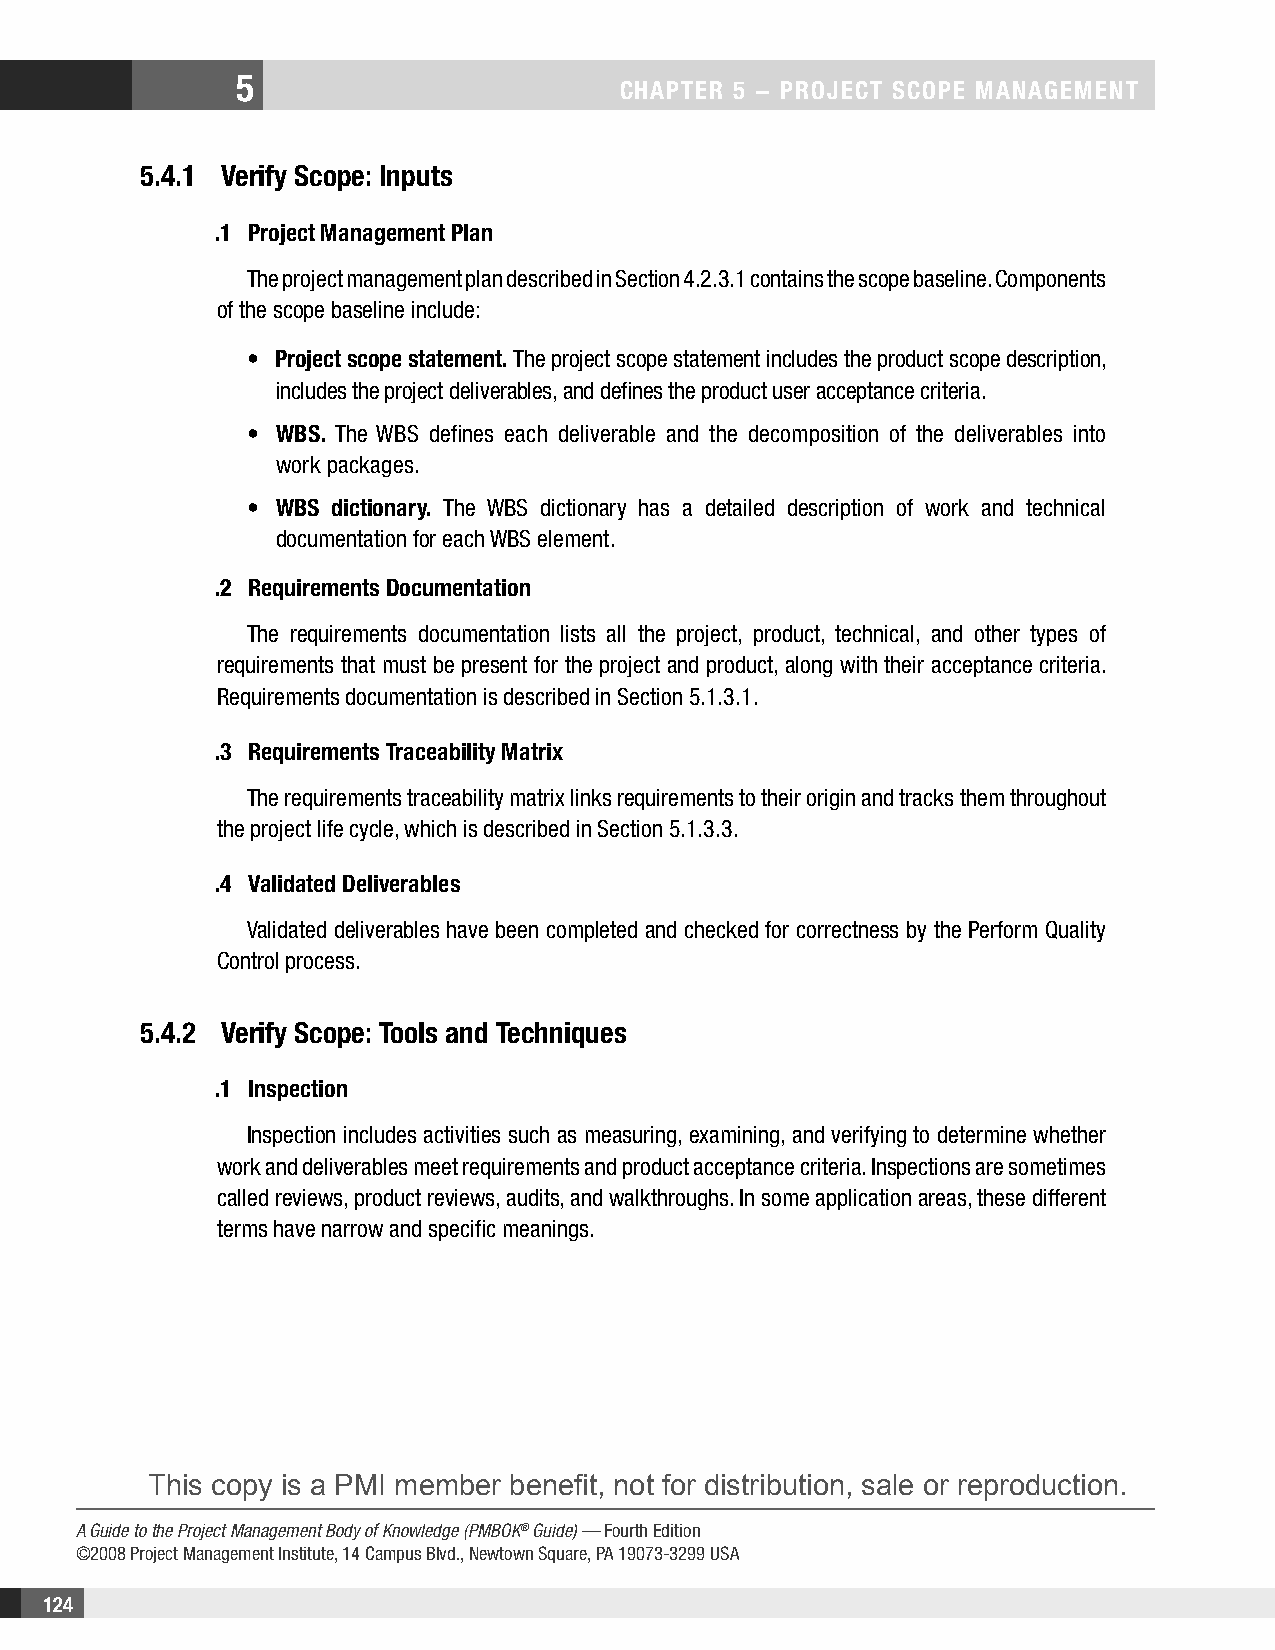
5
 CHAPTER 5 − PROjECT SCOPE MAnAgEMEnT
 5.4.1 Verify Scope: Inputs
 .1 Project Management Plan
 The project management plan described in Section 4.2.3.1 contains the scope baseline. Components
 of the scope baseline include:
 • Project scope statement. The project scope statement includes the product scope description,
 includes the project deliverables, and defines the product user acceptance criteria.
 • WBS. The WBS defines each deliverable and the decomposition of the deliverables into
 work packages.
 • WBS dictionary. The WBS dictionary has a detailed description of work and technical
 documentation for each WBS element.
 .2 Requirements Documentation
 The requirements documentation lists all the project, product, technical, and other types of
 requirements that must be present for the project and product, along with their acceptance criteria.
 Requirements documentation is described in Section 5.1.3.1.
 .3 Requirements Traceability Matrix
 The requirements traceability matrix links requirements to their origin and tracks them throughout
 the project life cycle, which is described in Section 5.1.3.3.
 .4 Validated Deliverables
 Validated deliverables have been completed and checked for correctness by the Perform Quality
 Control process.
 5.4.2 Verify Scope: Tools and Techniques
 .1 Inspection
 Inspection includes activities such as measuring, examining, and verifying to determine whether
 work and deliverables meet requirements and product acceptance criteria. Inspections are sometimes
 called reviews, product reviews, audits, and walkthroughs. In some application areas, these different
 terms have narrow and specific meanings.
 This copy is a PMI member benefit, not for distribution, sale or reproduction.
 A Guide to the Project Management Body of Knowledge (PMBOK® Guide) — Fourth Edition
 ©2008 Project Management Institute, 14 Campus Blvd., Newtown Square, PA 19073-3299 USA
 124